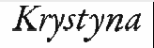
Krystyna